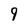
Character: 9